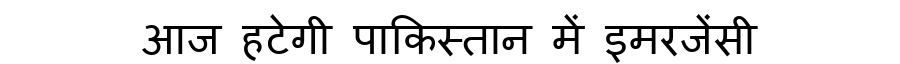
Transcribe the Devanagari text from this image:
आज हटेगी पाकिस्तान में इमरजेंसी